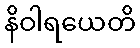
နိဝါရယေတိ